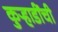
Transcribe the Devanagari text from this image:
कुऱ्हाडींची